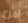
أفزع